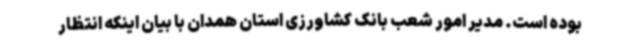
بوده است. مدیر امور شعب بانک کشاورزی استان همدان با بیان اینکه انتظار